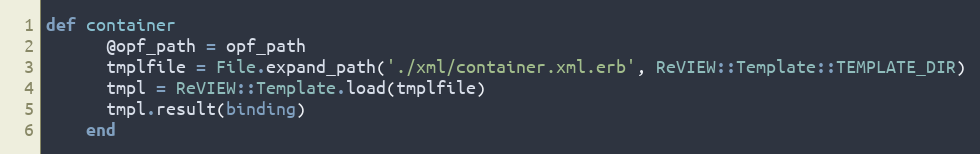
Language: Ruby
def container
      @opf_path = opf_path
      tmplfile = File.expand_path('./xml/container.xml.erb', ReVIEW::Template::TEMPLATE_DIR)
      tmpl = ReVIEW::Template.load(tmplfile)
      tmpl.result(binding)
    end